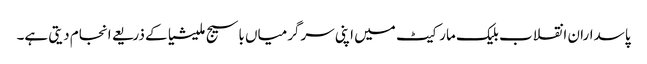
پاسداران انقلاب بلیک مارکیٹ میں اپنی سرگرمیاں باسیج ملیشیا کے ذریعے انجام دیتی ہے۔